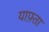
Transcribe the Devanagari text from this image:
याफ़्ता